Report on vaccination in the Province of Bengal - 1869-1873
Year: 1869
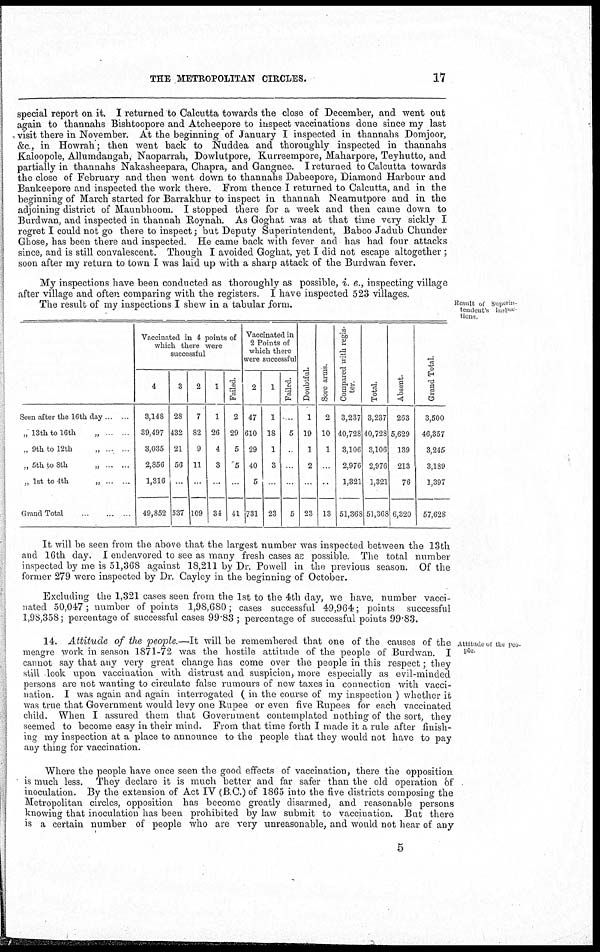
THE METROPOLITAN CIRCLES.
17
special report on it. I returned to Calcutta towards the close of December, and went out
again to thannahs Bishtoopore and Atcheepore to inspect vaccinations done since my last
visit there in November. At the beginning of January I inspected in thannahs Domjoor,
&c., in Howrah; then went back to Nuddea and thoroughly inspected in thannahs
Kaloopole, Allumdangah, Naoparrah, Dowlutpore, Kurreempore, Maharpore, Teyhutto, and
partially in thannahs Nakasheepara, Chapra, and Gangnee. I returned to Calcutta towards
the close of February and then went down to thannahs Dabeepore, Diamond Harbour and
Bankeepore and inspected the work there. From thence I returned to Calcutta, and in the
beginning of March started for Barrakhur to inspect in thannah Neamutpore and in the
adjoining district of Maunbhoom. I stopped there for a week and then came down to
Burdwan, and inspected in thannah Roynah. As Goghat was at that time very sickly I
regret I could not go there to inspect; but Deputy Superintendent, Baboo Jadub Chunder
Ghose, has been there and inspected. He came back with fever and has had four attacks
since, and is still convalescent. Though I avoided Goghat, yet I did not escape altogether ;
soon after my return to town I was laid up with a sharp attack of the Burdwan fever.
Result of Superin¬
tendent's inspec¬
tions
My inspections have been conducted as thoroughly as possible, i. e., inspecting village
after village and often comparing with the registers. I have inspected 523 villages.
The result of my inspections I shew in a tabular form.
Seen after the 16th day
„ 13th to 16th
„
„ 9th to 12th
„
„ 5th to 8th „
...
„ 1st to 4th
„ ...
Grand Total ...
Vaccinated in 4 points of
which there were
successful
4
3,148
39,497
3,035
2,856
1,316
49,852
3
28
432
21
56
...
537
2
7
82
9
11
...
109
1
1
26
4
3
...
34
Failed.
2
29
5
5
...
41
Vaccinated in
2 Points of
which there
were successful
2
47
610
29
40
5
731
1
1
18
1
3
...
23
Failed.
...
5
...
...
...
5
Doubtful.
1
19
1
2
...
23
Sore arms.
2
10
1
...
...
13
Compared with regis-
ter
3,237
40,728
3,106
2,976
1,321
51,368
Total.
3,237
40,728
3,106
2,976
1,321
51,368
Absent.
263
5,629
139
213
76
6,320
Grand Total.
3,500
46,357
3,245
3,189
1,397
57,628
It will be seen from the above that the largest number was inspected between the 13th
and 16th day. I endeavored to see as many fresh cases as possible. The total number
inspected by me is 51,368 against 18,211 by Dr. Powell in the previous season. Of the
former 279 were inspected by Dr. Cayley in the beginning of October.
Excluding the 1,321 cases seen from the 1st to the 4th day, we have, number vacci-
nated 50,047; number of points 1,98,680; cases successful 49,964; points successful
1,98,358; percentage of successful cases 99.83 ; percentage of successful points 99.83.
Attitude of the peo-
ple
14. Attitude of the people—It will be remembered that one of the causes of the
meagre work in season 1871-72 was the hostile attitude of the people of Burdwan. I
cannot say that any very great change has come over the people in this respect; they
still look upon vaccination with distrust and suspicion, more especially as evil-minded
persons are not wanting to circulate false rumours of new taxes in connection with vacci-
nation. I was again and again interrogated ( in the course of my inspection ) whether it
was true that Government would levy one Rupee or even five Rupees for each vaccinated
child. When I assured them that Government contemplated nothing of the sort, they
seemed to become easy in their mind. From that time forth I made it a rule after finish-
ing my inspection at a place to announce to the people that they would not have to pay
any thing for vaccination.
Where the people have once seen the good effects of vaccination, there the opposition
is much less. They declare it is much better and far safer than the old operation of
inoculation. By the extension of Act IV (B C.) of 1865 into the five districts composing the
Metropolitan circles, opposition has become greatly disarmed, and reasonable persons
knowing that inoculation has been prohibited by law submit to vaccination. But there
is a certain number of people who are very unreasonable, and would not hear of any
5